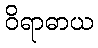
ဝိရာဓာယ